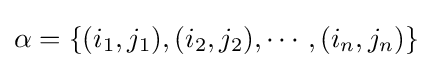
\alpha =\{(i_{1},j_{1}),(i_{2},j_{2}),\cdots ,(i_{n},j_{n})\}